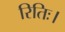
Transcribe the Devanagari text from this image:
रितिः।